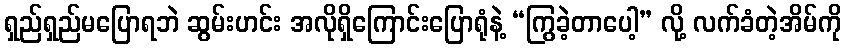
ရှည်ရှည်မပြောရဘဲ ဆွမ်းဟင်း အလိုရှိကြောင်းပြောရုံနဲ့ “ကြွခဲ့တာပေါ့” လို့ လက်ခံတဲ့အိမ်ကို